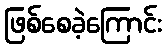
ဖြစ်စေခဲ့ကြောင်း